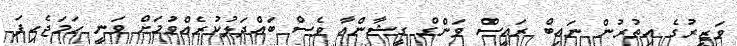
ވަޒީރުގެ އިތުރުން ނައިބް ރައީސް ވަންގް ގީޝާންއާ ވެސް ބައްދަލުކުރެއްވުމަށް ވަނީ ހަމަޖެހިފަ